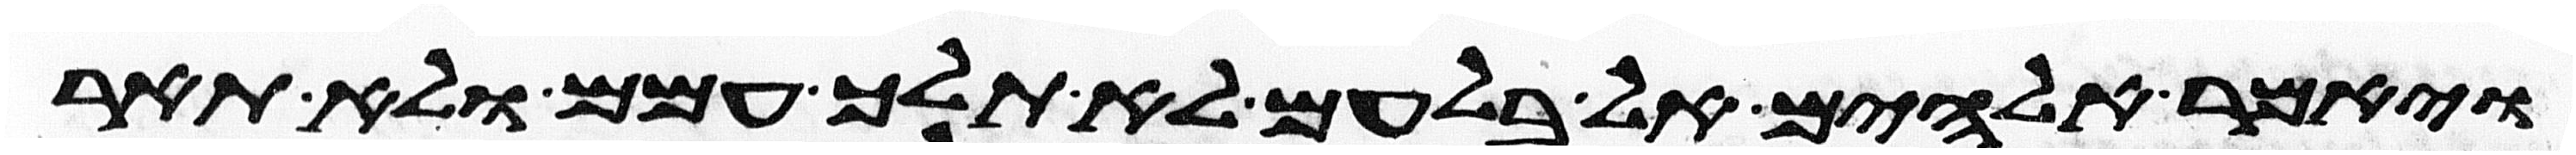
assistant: ויאמר אלהים אל בלעם לא תלך עמהם ולא תאר